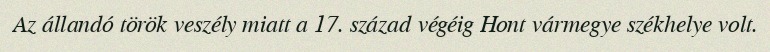
Az állandó török veszély miatt a 17. század végéig Hont vármegye székhelye volt.